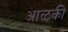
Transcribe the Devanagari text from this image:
आळकी